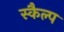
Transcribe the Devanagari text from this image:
स्कैल्प